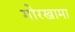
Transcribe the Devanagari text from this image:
गोरखामा